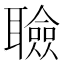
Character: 𦗹